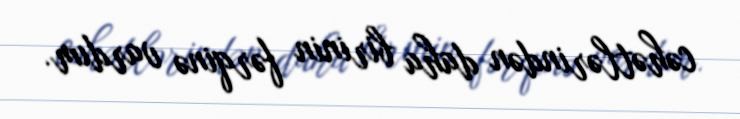
cəhətlərindən daha birinin fərqinə vardım.